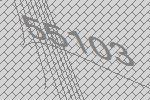
55103